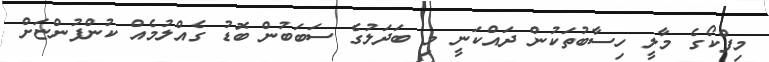
މިފްކޯގެ މާލީ ހިސާބުތަކުން ދައްކަނީ މި ބަދަލުގެ ސަބަބުން ބޮޑު ގެއްލުމެއް ކުންފުންޏަށް